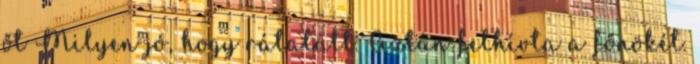
őt Milyen jó, hogy rátalált. Aztán felhívta a főnökét.